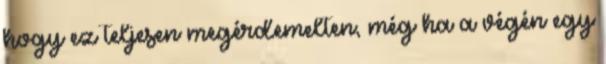
hogy ez teljesen megérdemelten, még ha a végén egy